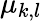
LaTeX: \mu_{k,l}